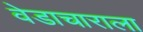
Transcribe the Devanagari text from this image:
वेडाचाराला